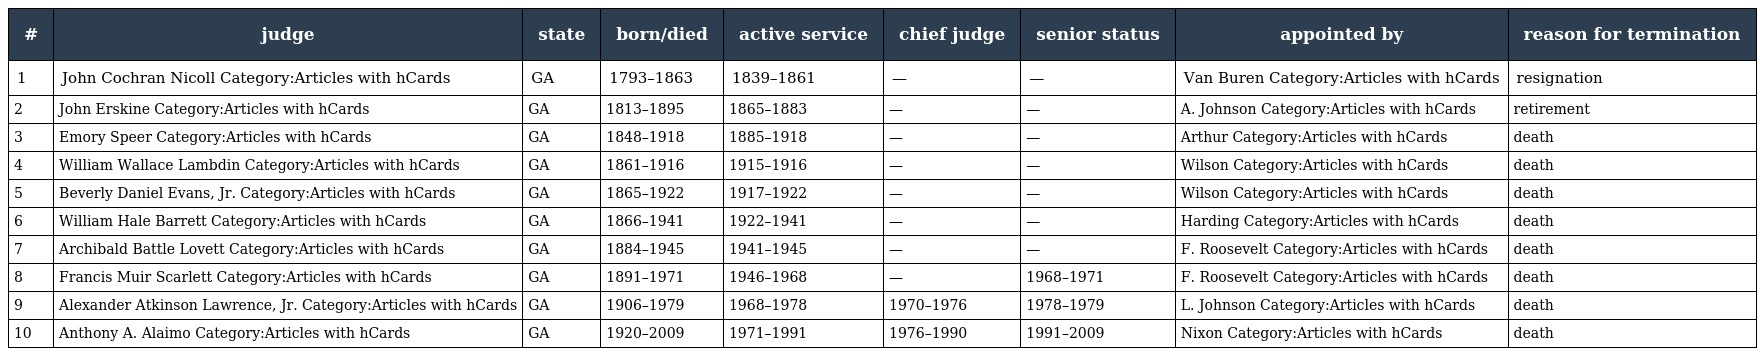
| # | judge | state | born/died | active service | chief judge | senior status | appointed by | reason for termination |
 | --- | --- | --- | --- | --- | --- | --- | --- | --- |
 | 1 | John Cochran Nicoll Category:Articles with hCards | GA | 1793–1863 | 1839–1861 | — | — | Van Buren Category:Articles with hCards | resignation |
 | 2 | John Erskine Category:Articles with hCards | GA | 1813–1895 | 1865–1883 | — | — | A. Johnson Category:Articles with hCards | retirement |
 | 3 | Emory Speer Category:Articles with hCards | GA | 1848–1918 | 1885–1918 | — | — | Arthur Category:Articles with hCards | death |
 | 4 | William Wallace Lambdin Category:Articles with hCards | GA | 1861–1916 | 1915–1916 | — | — | Wilson Category:Articles with hCards | death |
 | 5 | Beverly Daniel Evans, Jr. Category:Articles with hCards | GA | 1865–1922 | 1917–1922 | — | — | Wilson Category:Articles with hCards | death |
 | 6 | William Hale Barrett Category:Articles with hCards | GA | 1866–1941 | 1922–1941 | — | — | Harding Category:Articles with hCards | death |
 | 7 | Archibald Battle Lovett Category:Articles with hCards | GA | 1884–1945 | 1941–1945 | — | — | F. Roosevelt Category:Articles with hCards | death |
 | 8 | Francis Muir Scarlett Category:Articles with hCards | GA | 1891–1971 | 1946–1968 | — | 1968–1971 | F. Roosevelt Category:Articles with hCards | death |
 | 9 | Alexander Atkinson Lawrence, Jr. Category:Articles with hCards | GA | 1906–1979 | 1968–1978 | 1970–1976 | 1978–1979 | L. Johnson Category:Articles with hCards | death |
 | 10 | Anthony A. Alaimo Category:Articles with hCards | GA | 1920–2009 | 1971–1991 | 1976–1990 | 1991–2009 | Nixon Category:Articles with hCards | death |